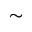
\sim